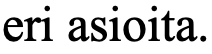
eri asioita.